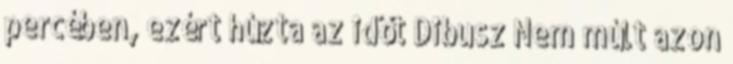
percében, ezért húzta az időt Dibusz Nem múlt azon